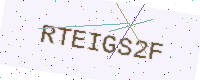
Text: RTEIGS2F